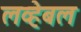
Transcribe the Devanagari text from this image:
लव्हेबल